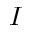
I